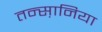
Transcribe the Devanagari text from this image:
तन्स़ानिया